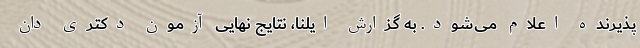
پذیرنده اعلام می‌شود. به گزارش ایلنا، نتایج نهایی آزمون دکتری دان